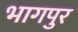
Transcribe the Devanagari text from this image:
भागपुर